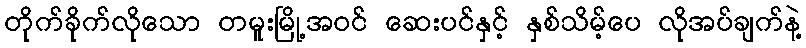
တိုက်ခိုက်လိုသော တမူးမြို့အဝင် ဆေးပင်နှင့် နှစ်သိမ့်ပေ လိုအပ်ချက်နဲ့